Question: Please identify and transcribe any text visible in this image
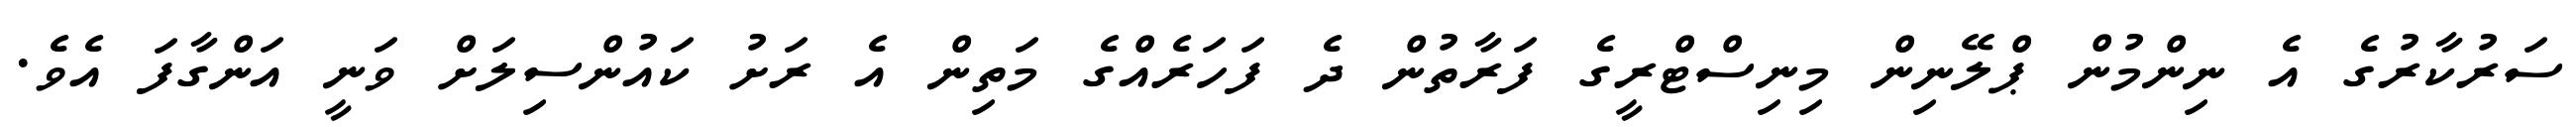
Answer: ސަރުކާރުގެ އެ ނިންމުން ޕްލޭނިން މިނިސްޓްރީގެ ފަރާތުން ދެ ފަހަރެއްގެ މަތިން އެ ރަށު ކައުންސިލަށް ވަނީ އަންގާފަ އެވެ.